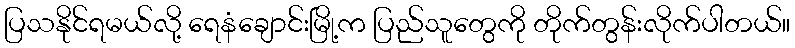
ပြသနိုင်ရမယ်လို့ ရေနံချောင်းမြို့က ပြည်သူတွေကို တိုက်တွန်းလိုက်ပါတယ်။